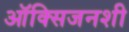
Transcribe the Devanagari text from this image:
ऑक्सिजनशी